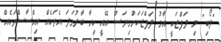
"ލޯބި" މި ލަފްޒަކީ އާމު ލަފްޒަކަށްވިޔަސް އޭއީ ކިހާ ބާރުގަދަ އެތަކެއް އިޙްސާސްތަކެއް